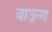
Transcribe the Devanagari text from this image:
बाउन्ग